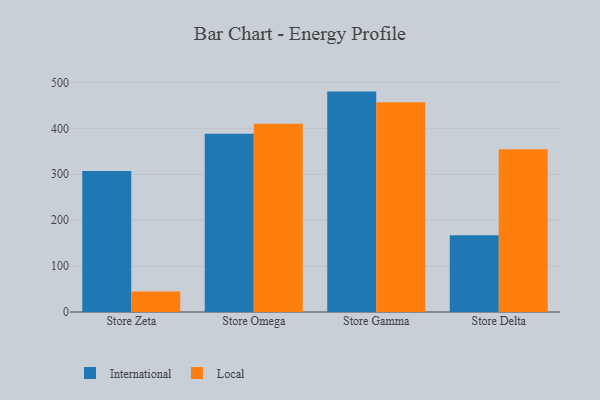
{"axis": {"x": "Store", "y": "Tickets Resolved"}, "legend": ["International", "Local"], "data": [{"x": "Store Zeta", "y": 307.1, "type": "International"}, {"x": "Store Zeta", "y": 44.9, "type": "Local"}, {"x": "Store Omega", "y": 388.2, "type": "International"}, {"x": "Store Omega", "y": 410.1, "type": "Local"}, {"x": "Store Gamma", "y": 480.0, "type": "International"}, {"x": "Store Gamma", "y": 457.0, "type": "Local"}, {"x": "Store Delta", "y": 167.0, "type": "International"}, {"x": "Store Delta", "y": 354.7, "type": "Local"}]}